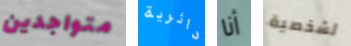
متواجدين دائرية أنا لشخصية